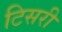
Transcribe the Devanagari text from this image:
टिसरी